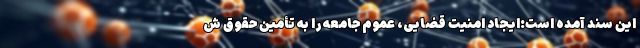
این سند آمده است:ایجاد امنیت قضایی، عموم جامعه را به تأمین حقوق ش